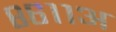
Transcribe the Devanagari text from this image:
८६११अ